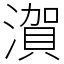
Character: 㵑